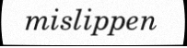
mislippen